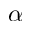
\alpha